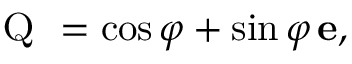
{ \textsc { Q } } = \cos \varphi + \sin \varphi \, { \mathbf e } ,